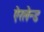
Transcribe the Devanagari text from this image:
ऐरलेन्ड